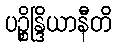
ပဉ္စိန္ဒြိယာနီတိ